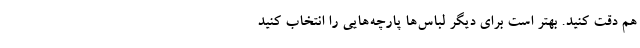
هم دقت کنید. بهتر است برای دیگر لباس‌ها پارچه‌هایی را انتخاب کنید